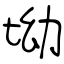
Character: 坳